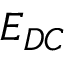
E _ { D C }